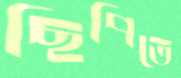
ছিপিতে